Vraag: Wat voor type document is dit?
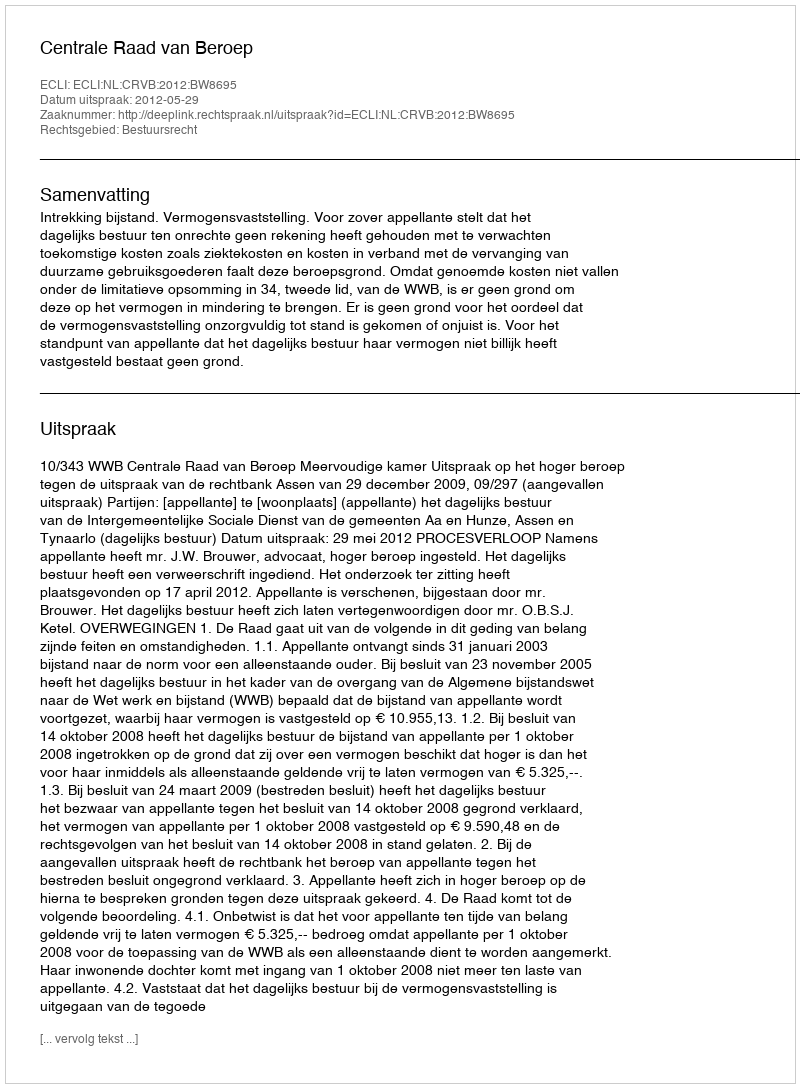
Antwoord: Uitspraak